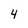
Character: 4